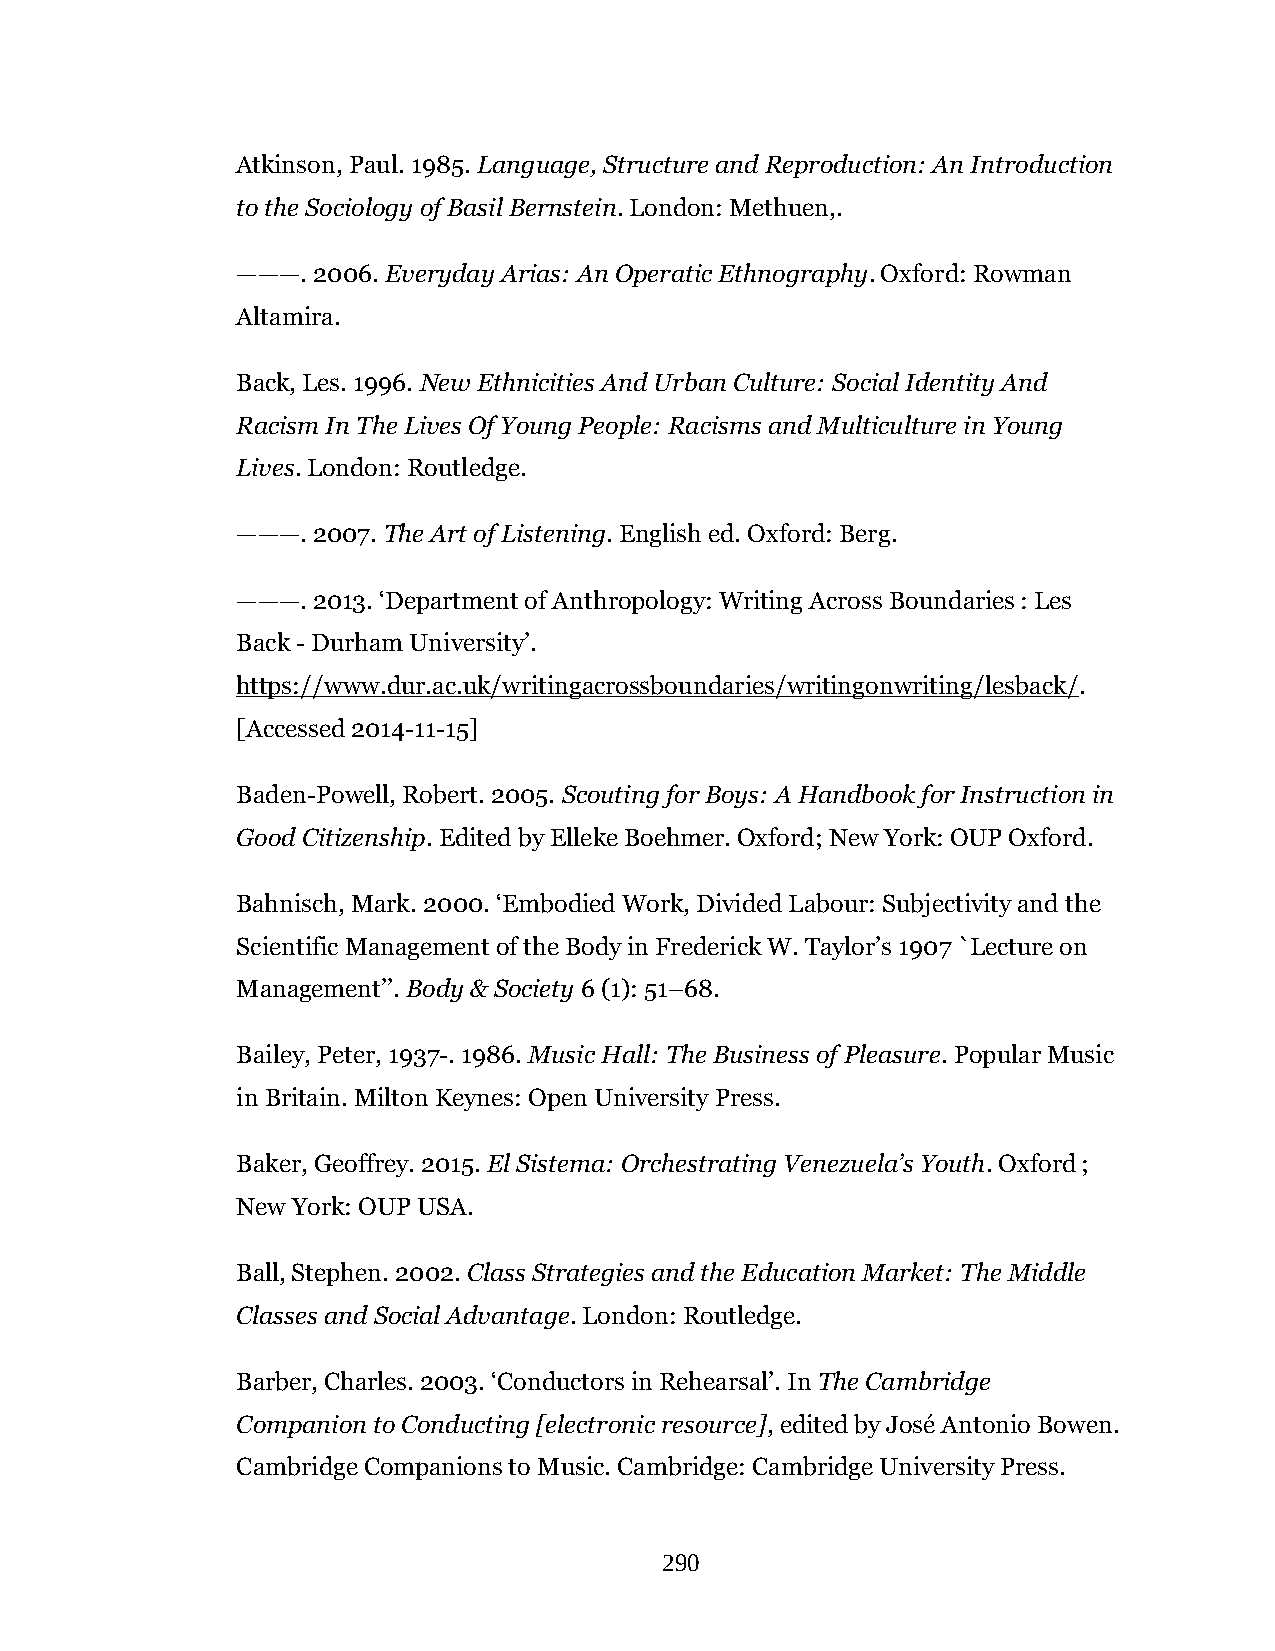
Atkinson, Paul. 1985. Language, Structure and Reproduction: An Introduction
 to the Sociology of Basil Bernstein. London: Methuen,.
 ———. 2006. Everyday Arias: An Operatic Ethnography. Oxford: Rowman
 Altamira.
 Back, Les. 1996. New Ethnicities And Urban Culture: Social Identity And
 Racism In The Lives Of Young People: Racisms and Multiculture in Young
 Lives. London: Routledge.
 ———. 2007. The Art of Listening. English ed. Oxford: Berg.
 ———. 2013. ‘Department of Anthropology: Writing Across Boundaries : Les
 Back - Durham University’.
 https://www.dur.ac.uk/writingacrossboundaries/writingonwriting/lesback/.
 [Accessed 2014-11-15]
 Baden-Powell, Robert. 2005. Scouting for Boys: A Handbook for Instruction in
 Good Citizenship. Edited by Elleke Boehmer. Oxford; New York: OUP Oxford.
 Bahnisch, Mark. 2000. ‘Embodied Work, Divided Labour: Subjectivity and the
 Scientific Management of the Body in Frederick W. Taylor’s 1907 `Lecture on
 Management’’. Body & Society 6 (1): 51–68.
 Bailey, Peter, 1937-. 1986. Music Hall: The Business of Pleasure. Popular Music
 in Britain. Milton Keynes: Open University Press.
 Baker, Geoffrey. 2015. El Sistema: Orchestrating Venezuela’s Youth. Oxford ;
 New York: OUP USA.
 Ball, Stephen. 2002. Class Strategies and the Education Market: The Middle
 Classes and Social Advantage. London: Routledge.
 Barber, Charles. 2003. ‘Conductors in Rehearsal’. In The Cambridge
 Companion to Conducting [electronic resource], edited by José Antonio Bowen.
 Cambridge Companions to Music. Cambridge: Cambridge University Press.
 290